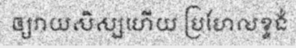
ឲ្យវាយសិស្សហើយ ប្រហែលខ្ទង់